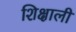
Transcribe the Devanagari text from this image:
शिक्षाली